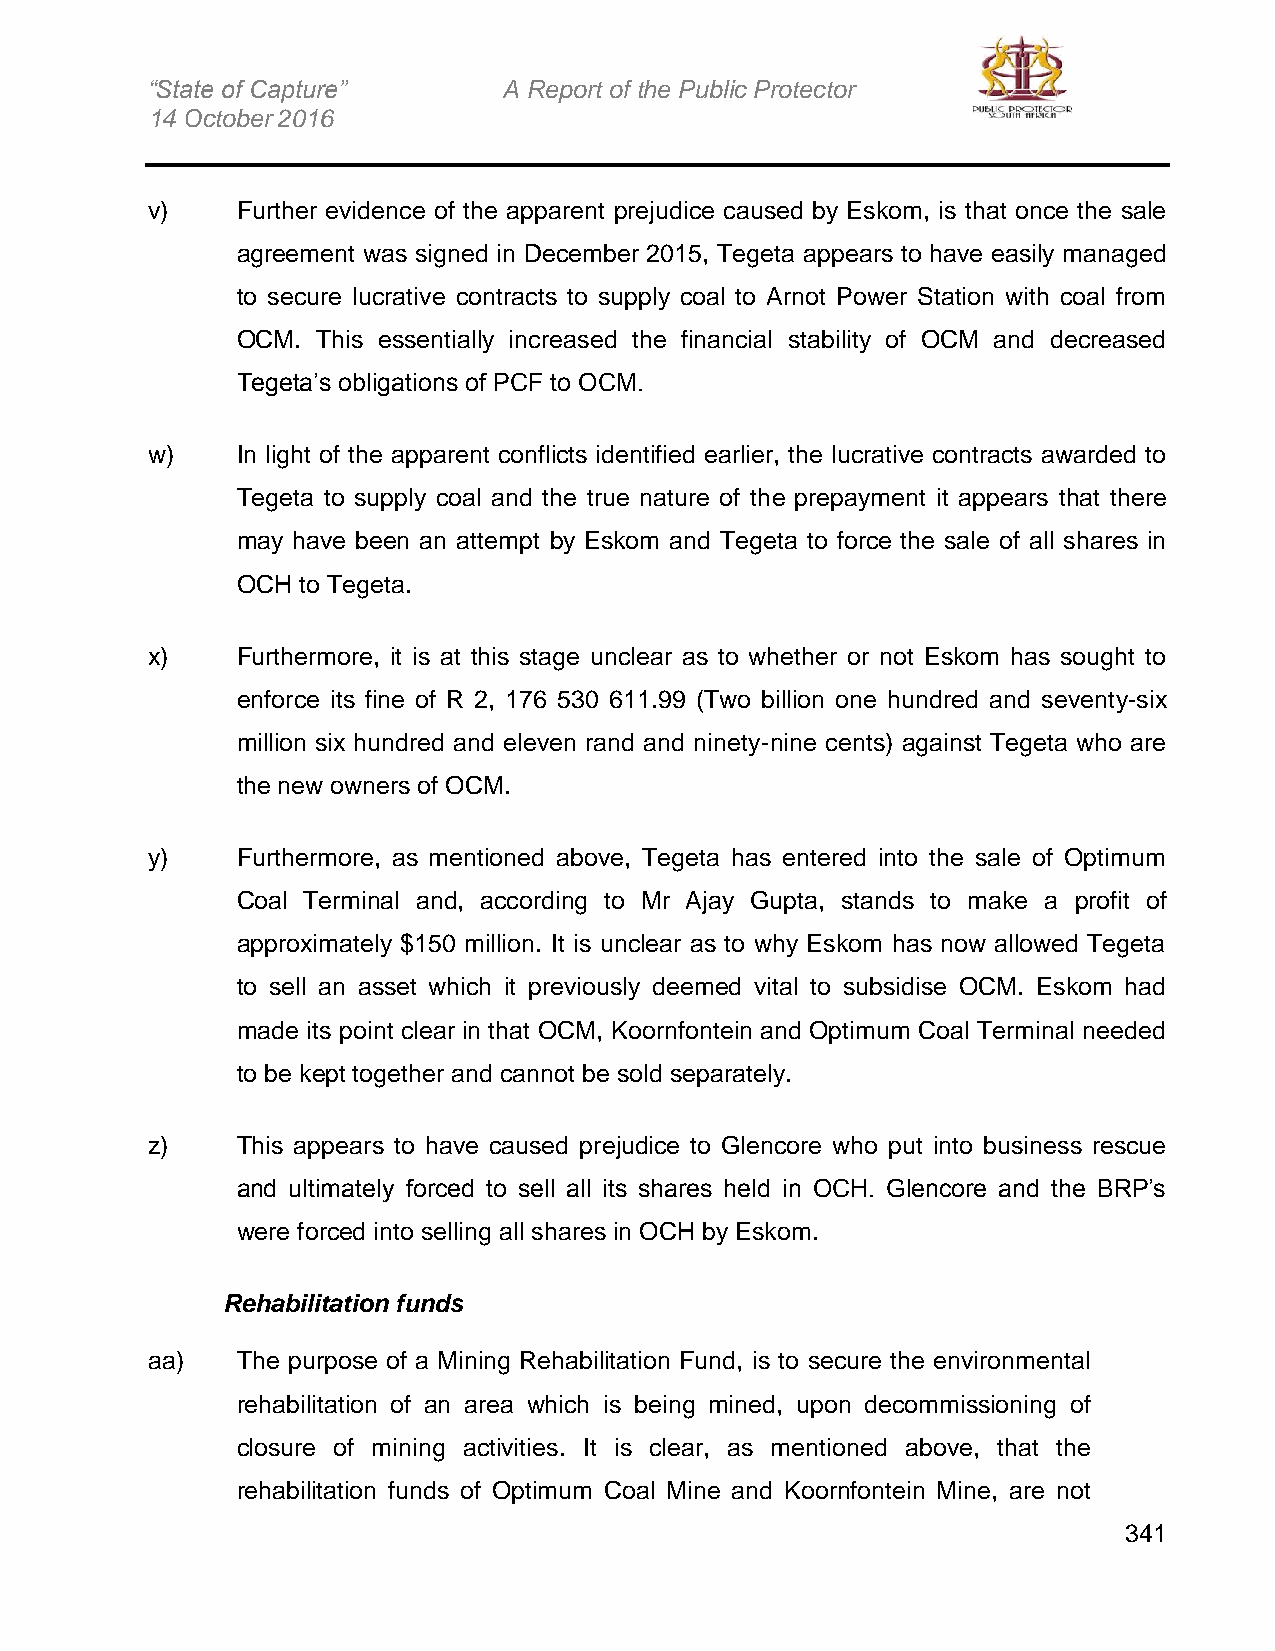
“State of Capture”     A Report of the Public Protector
 14 October 2016
 v)    Further evidence of the apparent prejudice caused by Eskom, is that once the sale
 agreement was signed in December 2015, Tegeta appears to have easily managed
 to secure lucrative contracts to supply coal to Arnot Power Station with coal from
 OCM. This essentially increased the financial stability of OCM and decreased
 Tegeta’s obligations of PCF to OCM.
 w)    In light of the apparent conflicts identified earlier, the lucrative contracts awarded to
 Tegeta to supply coal and the true nature of the prepayment it appears that there
 may have been an attempt by Eskom and Tegeta to force the sale of all shares in
 OCH to Tegeta.
 x)    Furthermore, it is at this stage unclear as to whether or not Eskom has sought to
 enforce its fine of R 2, 176 530 611.99 (Two billion one hundred and seventy-six
 million six hundred and eleven rand and ninety-nine cents) against Tegeta who are
 the new owners of OCM.
 y)    Furthermore, as mentioned above, Tegeta has entered into the sale of Optimum
 Coal Terminal and, according to Mr Ajay Gupta, stands to make a profit of
 approximately $150 million. It is unclear as to why Eskom has now allowed Tegeta
 to sell an asset which it previously deemed vital to subsidise OCM. Eskom had
 made its point clear in that OCM, Koornfontein and Optimum Coal Terminal needed
 to be kept together and cannot be sold separately.
 z)    This appears to have caused prejudice to Glencore who put into business rescue
 and ultimately forced to sell all its shares held in OCH. Glencore and the BRP’s
 were forced into selling all shares in OCH by Eskom.
 Rehabilitation funds
 aa)   The purpose of a Mining Rehabilitation Fund, is to secure the environmental
 rehabilitation of an area which is being mined, upon decommissioning of
 closure of mining activities. It is clear, as mentioned above, that the
 rehabilitation funds of Optimum Coal Mine and Koornfontein Mine, are not
 341